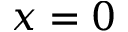
x = 0